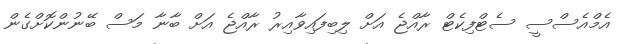
އެމްއެސްސީ ސެޓްފިކެޓް ރާއްޖެ އަށް ލިބިފައިވާއިރު ރާއްޖެ އަށް ބާނާ މަސް ބޭނުންކޮށްގެން